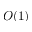
O ( 1 )